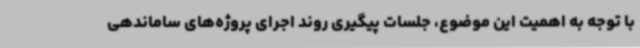
با توجه به اهمیت این موضوع، جلسات پیگیری روند اجرای پروژه‌های ساماندهی